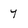
Character: y